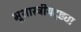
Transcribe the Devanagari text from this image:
भूशास्त्रीयदृष्ट्या